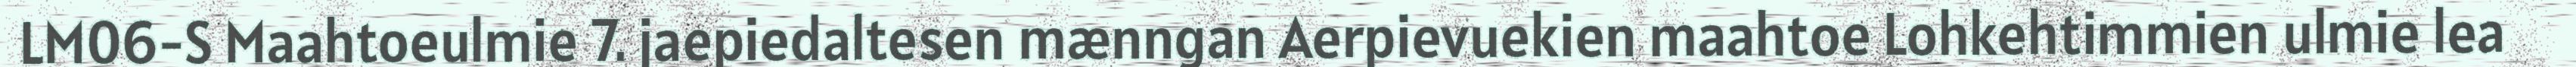
LM06-S Maahtoeulmie 7. jaepiedaltesen mænngan Aerpievuekien maahtoe Lohkehtimmien ulmie lea